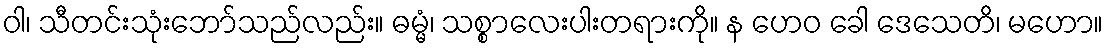
ဝါ၊ သီတင်းသုံးဘော်သည်လည်း။ ဓမ္မံ၊ သစ္စာလေးပါးတရားကို။ န ဟေဝ ခေါ ဒေသေတိ၊ မဟော။